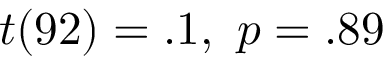
t ( 9 2 ) = . 1 , \ p = . 8 9